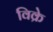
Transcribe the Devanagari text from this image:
विक्रे